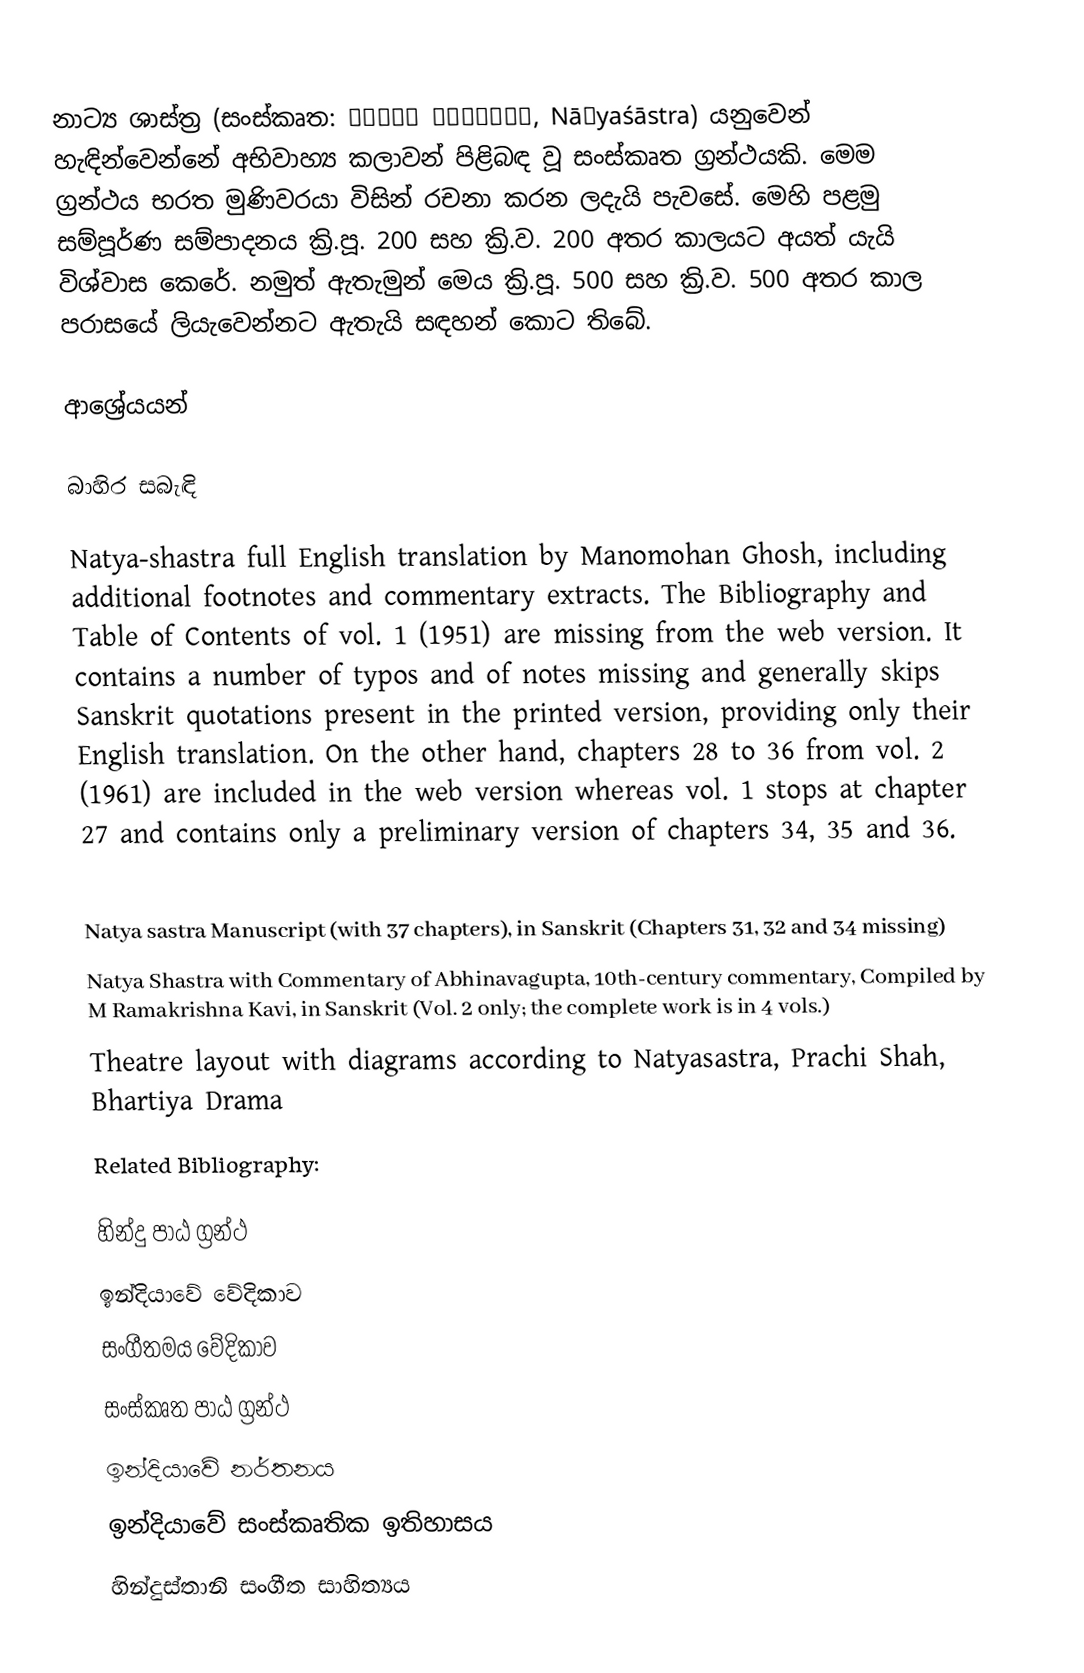
නාට්‍ය ශාස්ත්‍ර (සංස්කෘත: नाट्य शास्त्र, Nāṭyaśāstra) යනුවෙන් හැඳින්වෙන්නේ අභිවාහ්‍ය කලාවන් පිළිබඳ වූ සංස්කෘත ග්‍රන්ථයකි. මෙම ග්‍රන්ථය භරත මුණිවරයා විසින් රචනා කරන ලදැයි පැවසේ. මෙහි පළමු සම්පූර්ණ සම්පාදනය ක්‍රි.පූ. 200 සහ ක්‍රි.ව. 200 අතර කාලයට අයත් යැයි විශ්වාස කෙරේ. නමුත් ඇතැමුන් මෙය ක්‍රි.පූ. 500 සහ ක්‍රි.ව. 500 අතර කාල පරාසයේ ලියැවෙන්නට ඇතැයි සඳහන් කොට තිබේ.

ආශ්‍රේයයන්

බාහිර සබැඳි

 Natya-shastra full English translation by Manomohan Ghosh, including additional footnotes and commentary extracts. The Bibliography and Table of Contents of vol. 1 (1951) are missing from the web version. It contains a number of typos and of notes missing and generally skips Sanskrit quotations present in the printed version, providing only their English translation. On the other hand, chapters 28 to 36 from vol. 2 (1961) are included in the web version whereas vol. 1 stops at chapter 27 and contains only a preliminary version of chapters 34, 35 and 36.

Natya sastra Manuscript (with 37 chapters), in Sanskrit (Chapters 31, 32 and 34 missing)
Natya Shastra with Commentary of Abhinavagupta, 10th-century commentary, Compiled by M Ramakrishna Kavi, in Sanskrit (Vol. 2 only; the complete work is in 4 vols.)
Theatre layout with diagrams according to Natyasastra, Prachi Shah, Bhartiya Drama
Related Bibliography:

හින්දු පාඨ ග්‍රන්ථ
ඉන්දියාවේ වේදිකාව
සංගීතමය වේදිකාව
සංස්කෘත පාඨ ග්‍රන්ථ
ඉන්දියාවේ නර්තනය
ඉන්දියාවේ සංස්කෘතික ඉතිහාසය
හින්දුස්තානි සංගීත සාහිත්‍යය